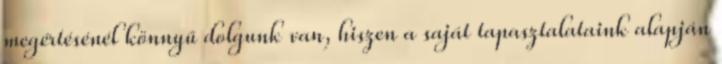
megértésénél könnyű dolgunk van, hiszen a saját tapasztalataink alapján